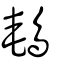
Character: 鵪